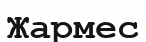
Жармес